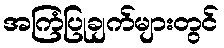
အကြံပြုချက်များတွင်